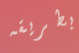
بطريقه